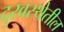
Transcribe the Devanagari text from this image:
दुरवस्थेतील